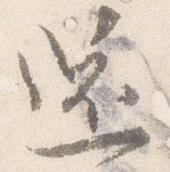
還